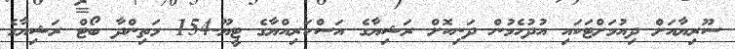
ސޫރިޔާއަށް ދިއުމަށްޓަކައި އުދުހެމުން ދަނިކޮށް ރަޝިޔާގެ އަސްކަރިއްޔާގެ ޓީޔޫ-154 މަތިންދާ ބޯޓް ރަޝިޔާގެ